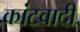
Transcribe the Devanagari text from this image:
कांटवादी